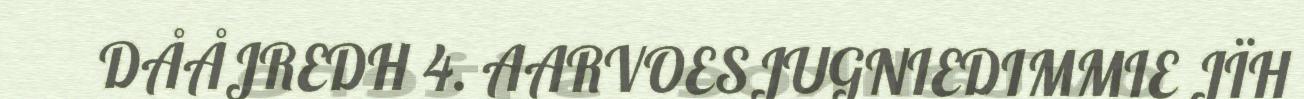
DÅÅJREDH 4. AARVOESJUGNIEDIMMIE JÏH